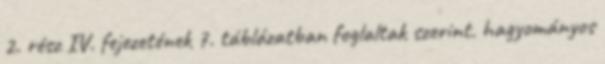
2. rész IV. fejezetének 7. táblázatban foglaltak szerint. hagyományos